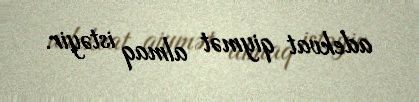
adekvat qiymət almaq istəyir.